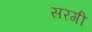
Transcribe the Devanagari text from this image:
सरगी